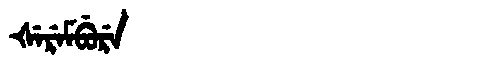
Manchu: ᡧᡝᡵᡝᠮᠪᡠᡵᡝ
Romanization: ŠEREMBURE